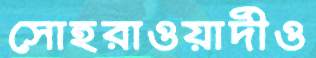
সোহরাওয়ার্দীও